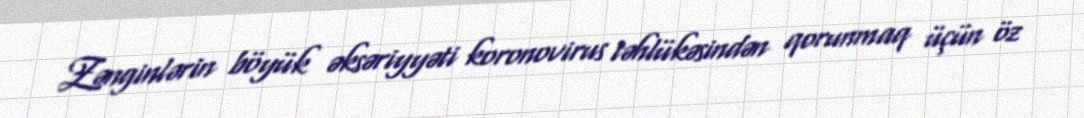
Zənginlərin böyük əksəriyyəti koronovirus təhlükəsindən qorunmaq üçün öz